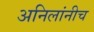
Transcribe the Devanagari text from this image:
अनिलांनीच